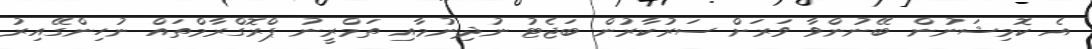
އެ ކޮމިޝަނުން ބޭނުންވާ ވަރަށް ސަރުކާރުން ބަޖެޓު ނުދިނުމާއި ތަމްރީނު ޕްރޮގްރާމްތައް ނުހިންގޭއިރު